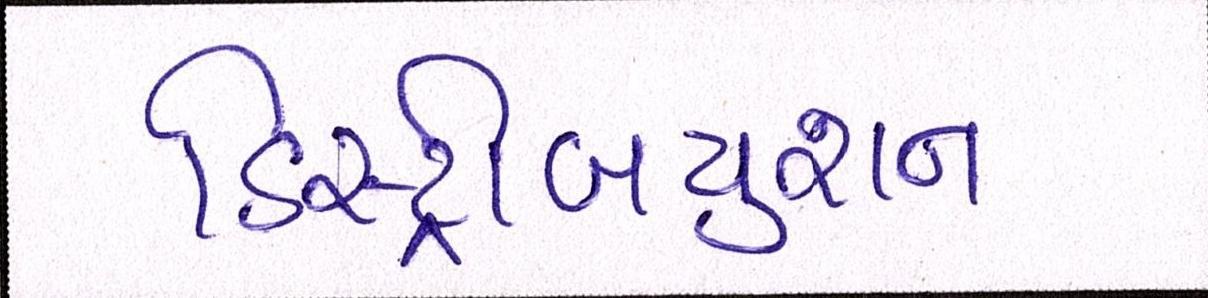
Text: ડિસ્ટ્રીબયુશન